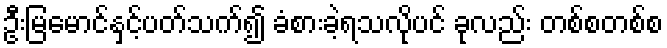
ဦးမြမောင်နှင့်ပတ်သက်၍ ခံစားခဲ့ရသလိုပင် ခုလည်း တစ်စတစ်စ